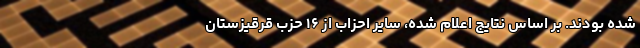
شده‌ بودند. بر اساس نتایج اعلام شده، سایر احزاب از ۱۶ حزب قرقیزستان